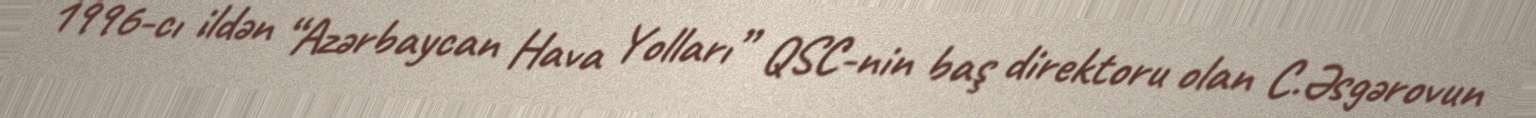
1996-cı ildən “Azərbaycan Hava Yolları” QSC-nin baş direktoru olan C.Əsgərovun